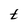
Character: t